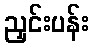
ညှင်းပန်း